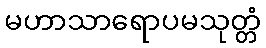
မဟာသာရောပမသုတ္တံ